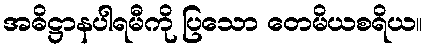
အဓိဋ္ဌာနပါရမီကို ပြသော တေမိယစရိယ။